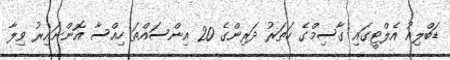
ޑަބްލިއު އެލްޓީގައި ގާސިމްގެ ހަތަރު ދަރިންގެ 20 އިންސައްތަ ހިއްސާ އޮންނައިރު ވިލާ